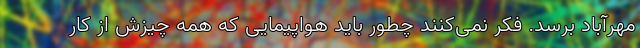
مهرآباد برسد. فکر نمی‌کنند چطور باید هواپیمایی که همه چیزش از کار